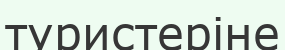
туристеріне